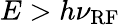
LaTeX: E>h\nu_{\mathrm{RF}}